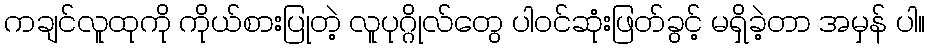
ကချင်လူထုကို ကိုယ်စားပြုတဲ့ လူပုဂ္ဂိုလ်တွေ ပါဝင်ဆုံးဖြတ်ခွင့် မရှိခဲ့တာ အမှန် ပါ။